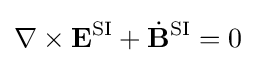
\nabla \times \mathbf {E} ^{\text{SI}}+{\dot {\mathbf {B} }}^{\text{SI}}=0